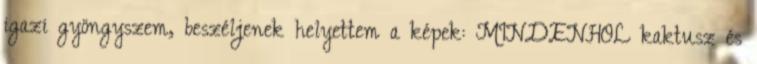
igazi gyöngyszem, beszéljenek helyettem a képek: MINDENHOL kaktusz és